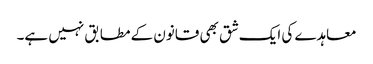
معاہدے کی ایک شق بھی قانون کے مطابق نہیں ہے۔